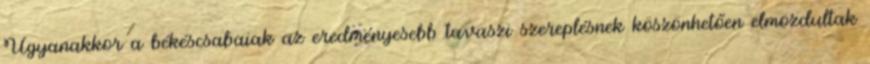
Ugyanakkor a békéscsabaiak az eredményesebb tavaszi szereplésnek köszönhetően elmozdultak